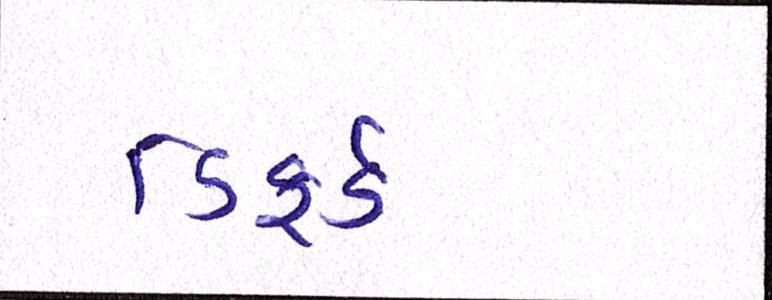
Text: ડિફર્ડ